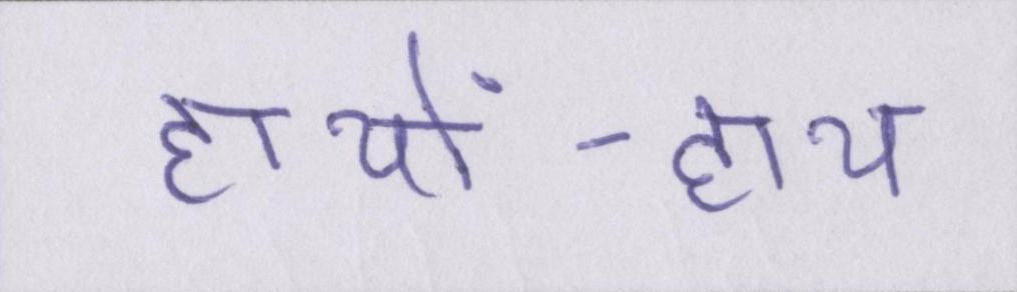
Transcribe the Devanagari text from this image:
हाथों-हाथ